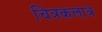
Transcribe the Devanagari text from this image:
चित्रकलात्र